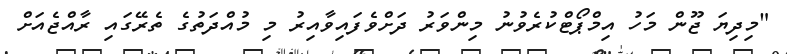
"މިދިޔަ ޖޫން މަހު އިމްޕޯޓްކުރެވުނު މިންވަރު ދަށްވެފައިވާއިރު މި މުއްދަތުގެ ތެރޭގައި ރާއްޖެއަށް